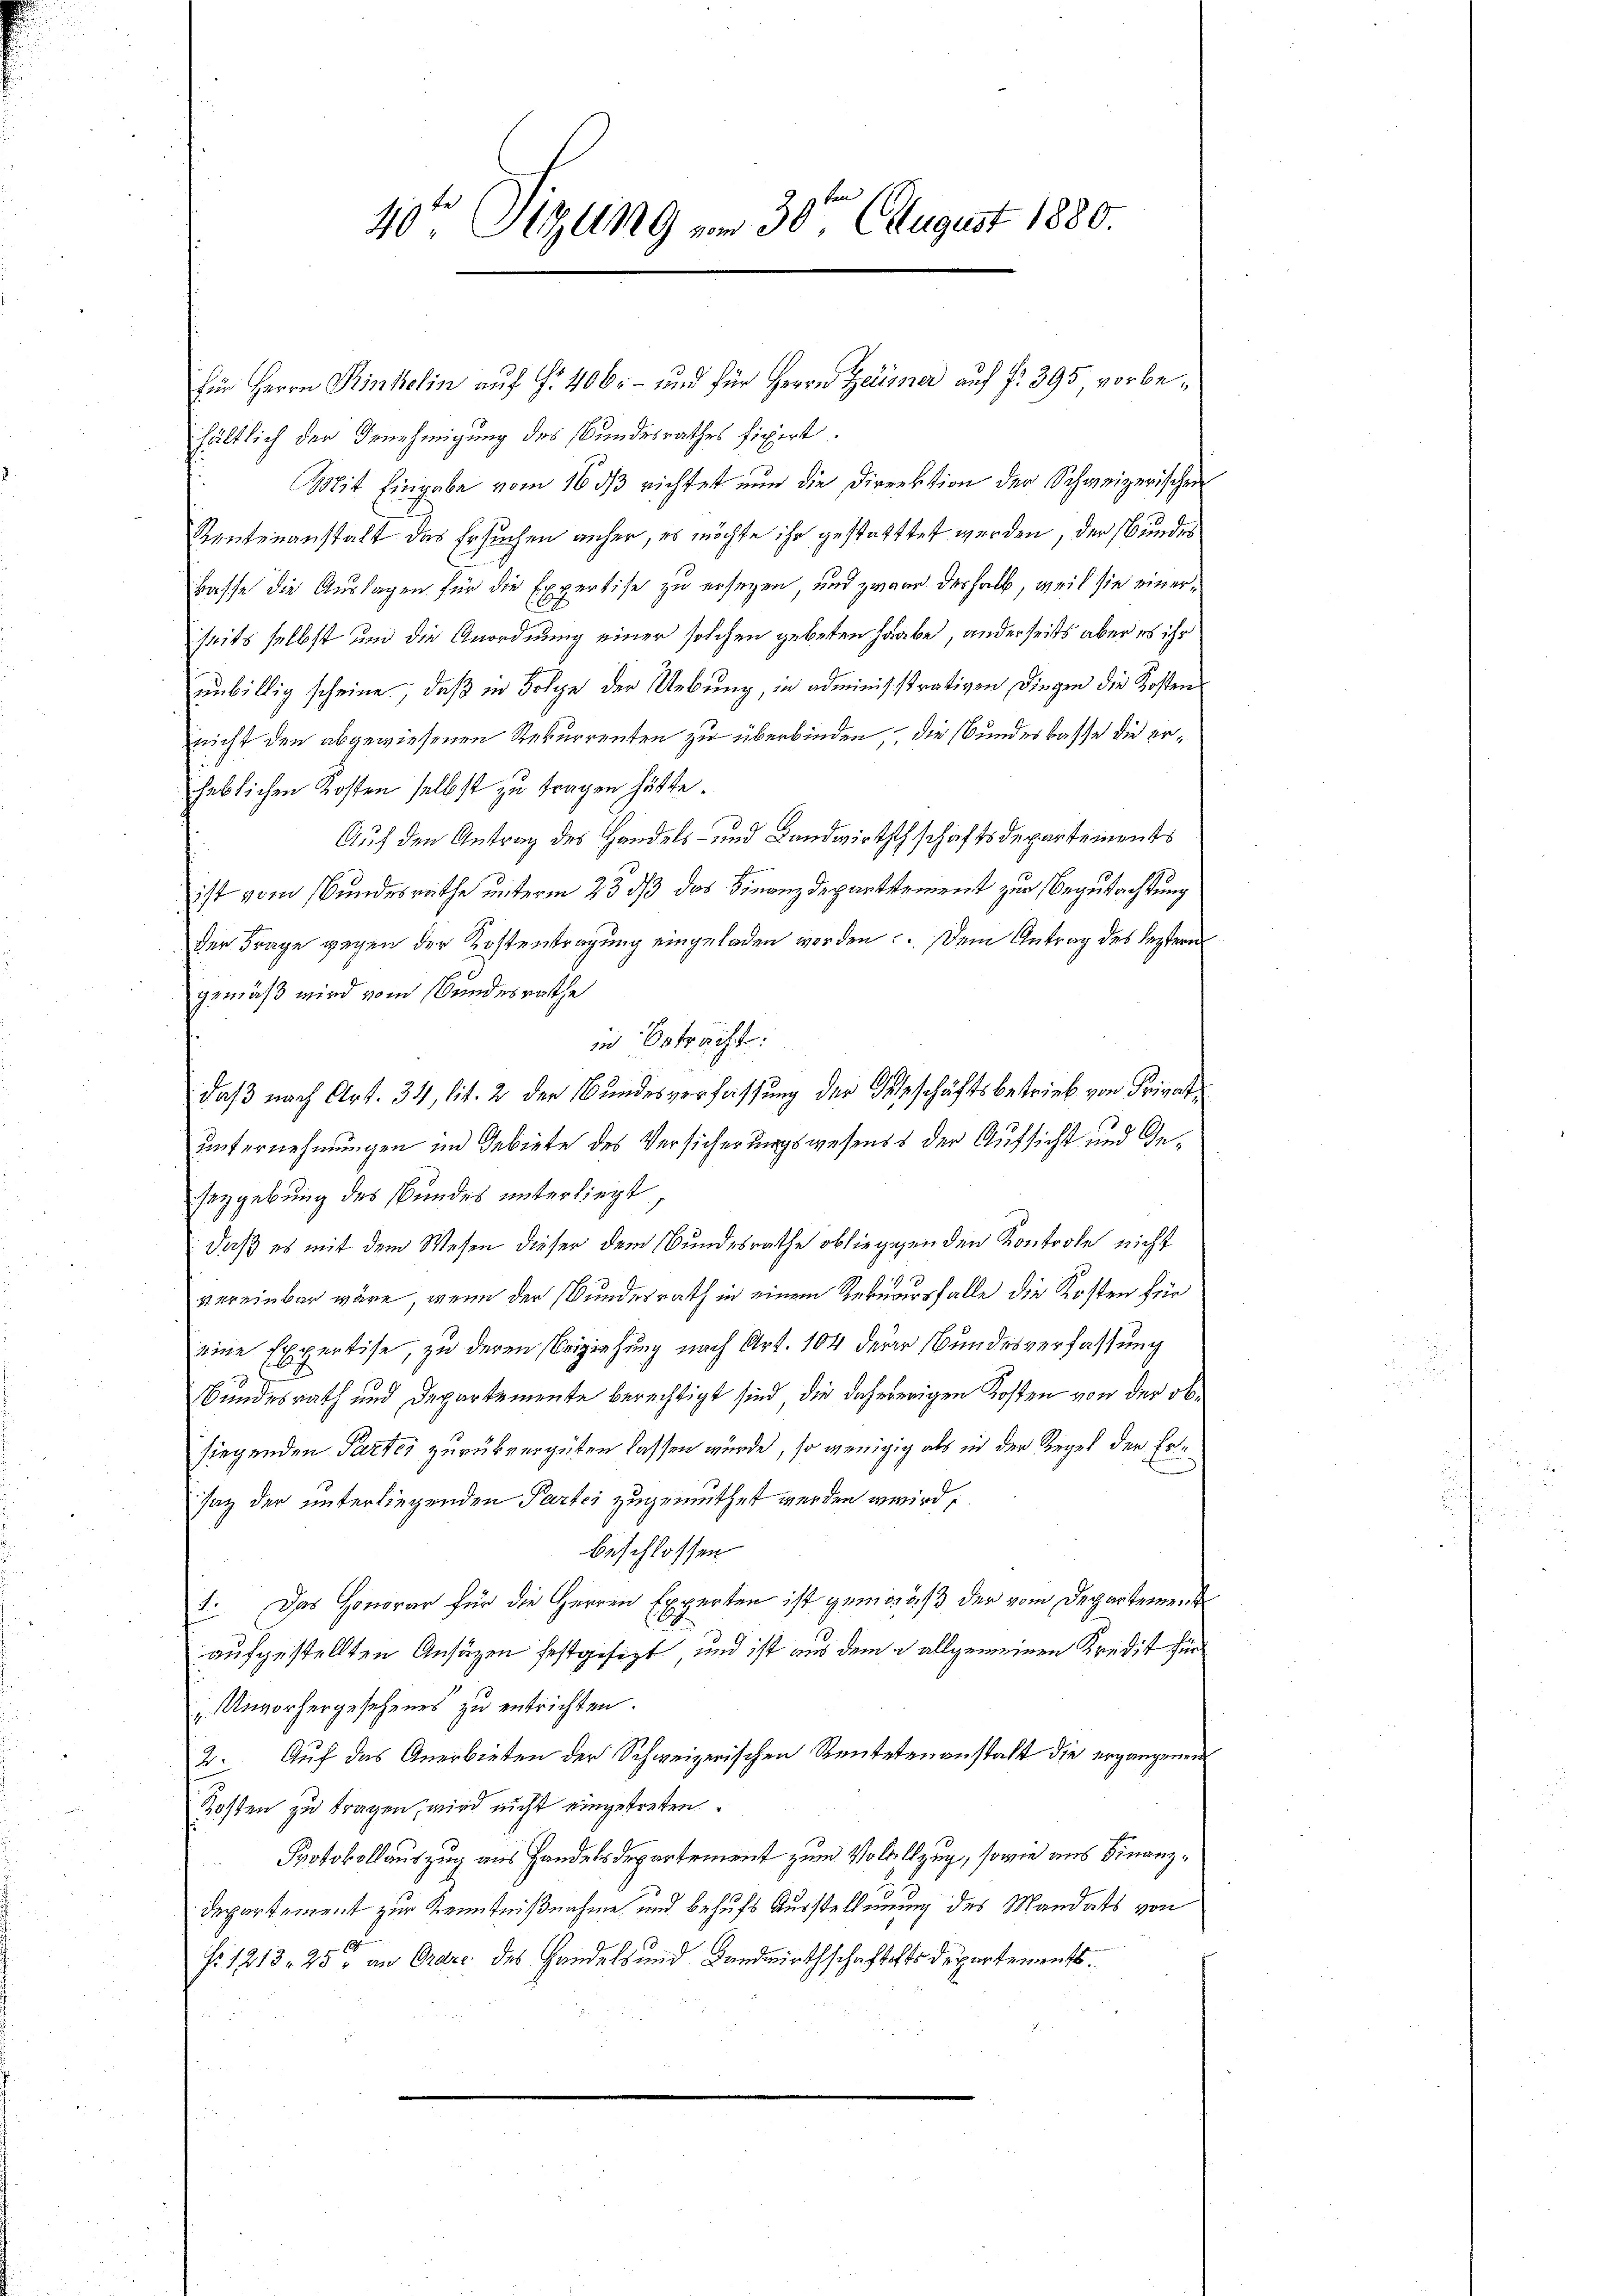
40te Sitzung vom 30ten August 1880.

für Herrn Kinkelin aŭf Fr. 406 und für Herrn Zeumer aŭf fr. 395 vorbehältlich der Genehmigung des Bundesrathes fixirt.
Mit Eingabe vom 16 ds richtet nun die Direktion der Schweizerischen
Rentenanstalt des Ersuchen anher, es möchte ihr gestatttet werden, der Bundes
Basse die Auslagen für die Expertise zu ersezen und zwar deshalb, weil sie einerseits selbst und die Anordnung einer solchen gebeten Haabe, anderseits aber es ihr
unbillig scheine, daß in Folge der Uebung, in adminis strativen Dingen die Kosten
nicht den abgewiesenen Rekurrenten zu überbinden, die Bundeskasse die erheblichen Kosten selbst zu tragen hätte.
Auf den Antrag des Handels- und Landwirtschschaftsdepartements
ist vom Bundesrathe unterm 23 dß das Finanzdepartstement zur Begutachtung
der Frage gegen der Kostentragung eingeladen worden. Dem Antrag des leztern
gemäß wird vom Bundesrathe
in Betracht.
daß nach Art. 34, lit. 2 der Bundesverfassung der Ortschäftsbetrieb von Privat
unternehmungen in Gebiete des Versicherungswesens der Aufsicht und Geseygebung des Bundes unterliegt
daß es mit dem Wesen dieser dem Bundesrathe obliegegen den Kontrole nicht
vereinbar wäre, wenn der Bundesrath in einem Rekursfalle die Kosten für
eine Expertise, zu deren Beiziehung nach Art. 104 derer Bundesverfassung
Bundesrath und Departemente berechtigt sind, die daheierigen Kosten von der obsiegenden Partei zurükvergüten lassen würde, so wenigig als in der Regel der Ersaz der unterliegenden Partei zugemuthet werden wird,
beschlossen
1. Das Honorar für die Herren Experten ist gemäß der vom Departement
aufgestellten Ansäzen festgesezt, und ist aus dem u allgemeinen Kredit für
„Unvorhergesehenes zu entrichten.
2. Auf das Anerbieten der Schweizerischen Reutetenanstalt die ergangenen
Kosten zu tragen, wird nicht eingetreten
Protokollauszug aus Handelsdepartement zum Vollzug, sowie aus Finanz¬
Departement zur Kenntnißnahme und behufs Ausstellung des Mandats von
Nr. 1213, 257 an Ordre des Handels und Landwirthschaftets Departements.
u